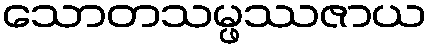
သောတသမ္ဖဿဇာယ